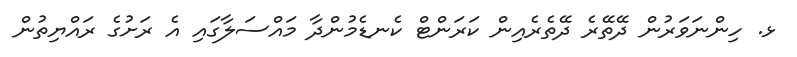
ޅ. ހިންނަވަރުން ދޭތޭރެ ދޭތެރެއިން ކަރަންޓް ކެނޑެމުންދާ މައްސަލާގައި އެ ރަށުގެ ރައްޔިތުން